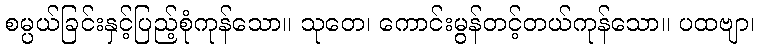
စမ္ပယ်ခြင်းနှင့်ပြည့်စုံကုန်သော။ သုတေ၊ ကောင်းမွန်တင့်တယ်ကုန်သော။ ပထဗျာ၊